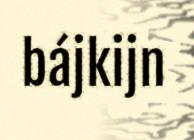
bájkijn